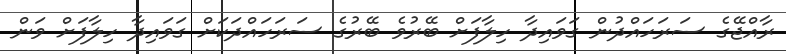
ރާއްޖޭގެ ސަރަހައްދުން ގަވައިދާ ހިލާފަށް ބޭރުވެ ބޭރުގެ ސަރަހައްދަކަށް ގަވައިދާ ހިލާފަށް ވަން